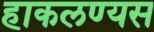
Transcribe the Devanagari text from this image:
हाकलण्यस